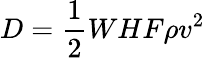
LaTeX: D={\frac{1}{2}}WHF\rho v^{2}